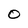
Character: 0